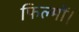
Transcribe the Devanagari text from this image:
फिल्मों।